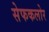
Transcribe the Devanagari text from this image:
सेफकलोर